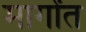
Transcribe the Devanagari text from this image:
मार्गांत